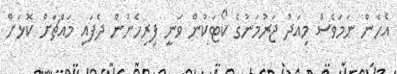
އެހެން ނަމަވެސް މިއަދު ޖަރުމަނުގެ ކޯޓަކުން ވަނީ ފިރިހެނުން ދެފައި މައްޗަށް ކޮޅަށް